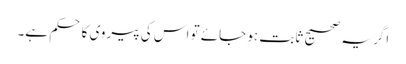
اگر یہ صحیح ثابت ہو جائے تو اس کی پیروی کا حکم ہے۔